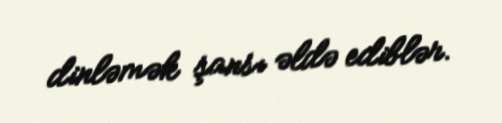
dinləmək şansı əldə ediblər.